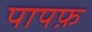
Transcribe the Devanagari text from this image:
पापफ़